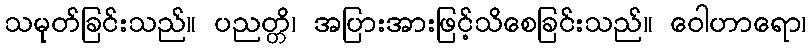
သမုတ်ခြင်းသည်။ ပညတ္တိ၊ အပြားအားဖြင့်သိစေခြင်းသည်။ ဝေါဟာရော၊